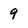
Character: 9